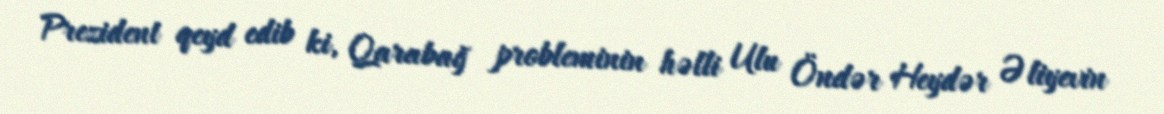
Prezident qeyd edib ki, Qarabağ probleminin həlli Ulu Öndər Heydər Əliyevin